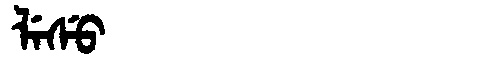
Manchu: ᠯᡝᠰᡠ
Romanization: LESU